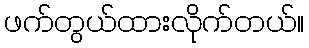
ဖက်တွယ်ထားလိုက်တယ်။